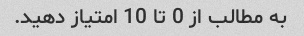
به مطالب از 0 تا 10 امتیاز دهید.